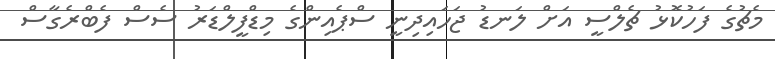
މެޗުގެ ފަހުކޮޅު ޗެލްސީ އަށް ލަނޑު ޖަހައިދިނީ ސްޕެއިންގެ މިޑްފީލްޑަރު ސެސް ފެބްރެގާސް